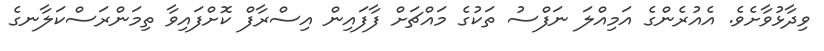
ވިދާޅުވާށެވެ. އެއުރެންގެ އަމިއްލަ ނަފްސު ތަކުގެ މައްޗަށް ފާފައިން އިސްރާފް ކޮށްފައިވާ ތިމަންރަސްކަލާނގެ